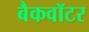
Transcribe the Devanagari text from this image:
बैकवॉटर